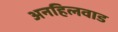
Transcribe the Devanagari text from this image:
अनहिलवाड